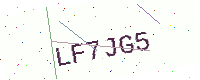
Text: LF7JG5